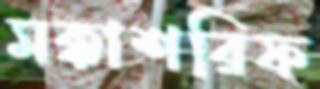
মক্কাশরিফ